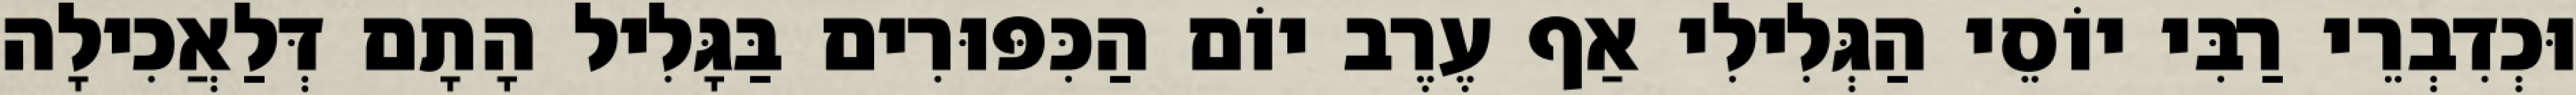
וּכְדִבְרֵי רַבִּי יוֹסֵי הַגְּלִילִי אַף עֶרֶב יוֹם הַכִּפּוּרִים בַּגָּלִיל הָתָם דְּלַאֲכִילָה